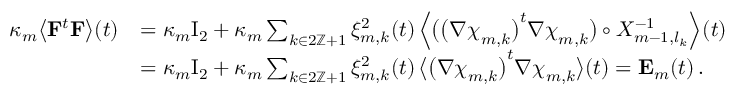
\begin{array} { r l } { \kappa _ { m } \bigl \langle \mathbf { F } ^ { t } \mathbf { F } \bigr \rangle ( t ) } & { = \kappa _ { m } \ensuremath { \mathrm { I } _ { 2 } } + \kappa _ { m } \sum _ { k \in 2 \ensuremath { \mathbb { Z } } + 1 } \xi _ { m , k } ^ { 2 } ( t ) \, \Bigl \langle \bigl ( \bigl ( \nabla { \boldsymbol { \chi } } _ { m , k } \bigr ) ^ { t } \nabla { \boldsymbol { \chi } } _ { m , k } \bigr ) \circ X _ { m - 1 , l _ { k } } ^ { - 1 } \Bigr \rangle ( t ) } \\ & { = \kappa _ { m } \ensuremath { \mathrm { I } _ { 2 } } + \kappa _ { m } \sum _ { k \in 2 \ensuremath { \mathbb { Z } } + 1 } \xi _ { m , k } ^ { 2 } ( t ) \, \bigl \langle \bigl ( \nabla { \boldsymbol { \chi } } _ { m , k } \bigr ) ^ { t } \nabla { \boldsymbol { \chi } } _ { m , k } \bigr \rangle ( t ) = \mathbf { E } _ { m } ( t ) \, . } \end{array}